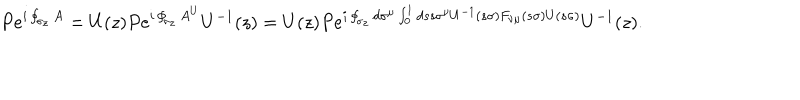
P e ^ { i \oint _ { \sigma _ { z } } A } = U ( z ) P e ^ { i \oint _ { \sigma _ { z } } A ^ { U } } U ^ { - 1 } ( z ) = U ( z ) P e ^ { i \oint _ { \sigma _ { z } } d \sigma ^ { \mu } \int _ { 0 } ^ { 1 } d s s \sigma ^ { \nu } U ^ { - 1 } ( s \sigma ) F _ { \nu \mu } ( s \sigma ) U ( s \sigma ) } U ^ { - 1 } ( z ) .